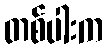
တစ်ပါးက